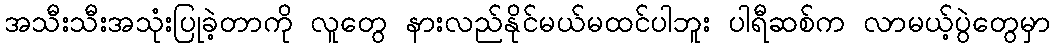
အသီးသီးအသုံးပြုခဲ့တာကို လူတွေ နားလည်နိုင်မယ်မထင်ပါဘူး ပါရီဆစ်က လာမယ့်ပွဲတွေမှာ